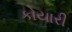
કોયારી